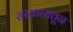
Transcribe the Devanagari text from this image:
संस्कारातून